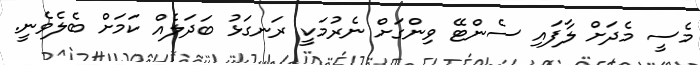
މެސީ މެދަށް ލާފައި ސެންޓޭ ވިންގަށް ނެރުމަކީ ރަނގަޅު ބަދަލެއް ކަމަށް ބެލެވެނީ.